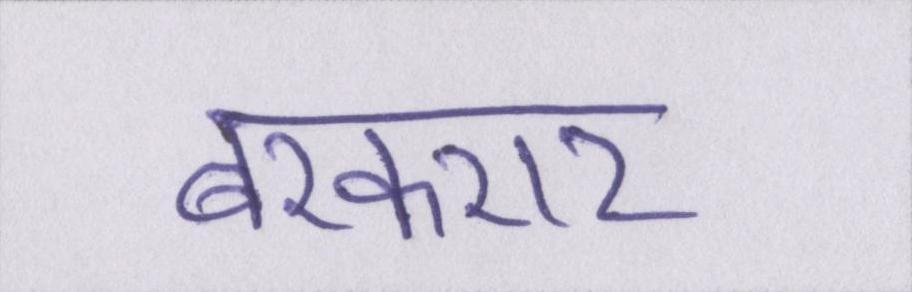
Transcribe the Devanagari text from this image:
बरकरार